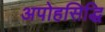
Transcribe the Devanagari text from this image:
अपोहसिद्धि